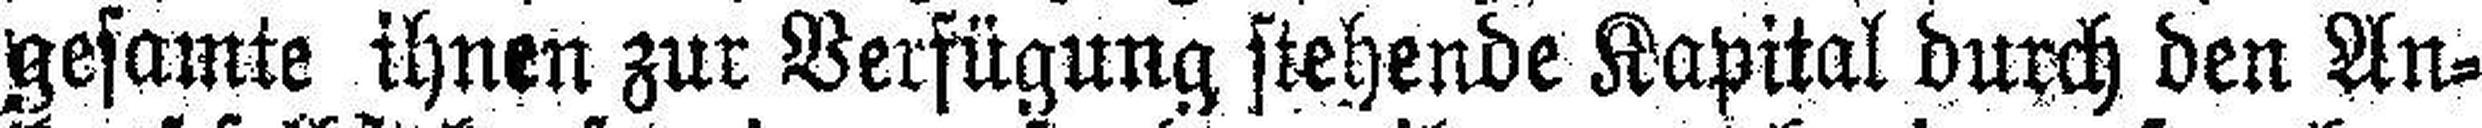
gesamte ihnen zur Verfügung stehende Kapital durch den An¬